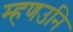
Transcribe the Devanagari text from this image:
म्हणउनि